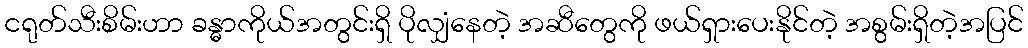
ငရုတ်သီးစိမ်းဟာ ခန္ဓာကိုယ်အတွင်းရှိ ပိုလျှံနေတဲ့ အဆီတွေကို ဖယ်ရှားပေးနိုင်တဲ့ အစွမ်းရှိတဲ့အပြင်